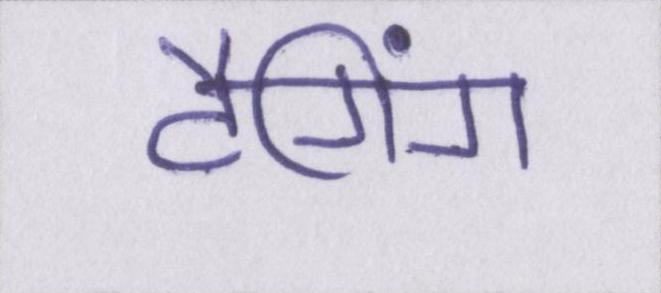
टैगिंग